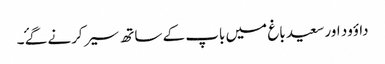
داؤود اور سعید باغ میں باپ کے ساتھ سیر کرنے گۓ ۔